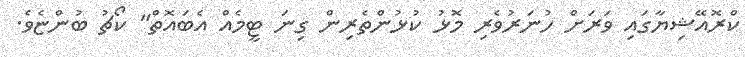
ކްރޮއޭޝިޔާގައި ވަރަށް ހުނަރުވެރި މޮޅު ކުޅުންތެރިން ގިނަ ޓީމެއް އެބައޮތް" ކޯޗު ބުންޏެވެ.